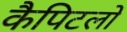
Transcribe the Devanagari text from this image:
कैपिटलों